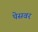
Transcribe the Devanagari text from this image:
पेसवर